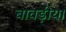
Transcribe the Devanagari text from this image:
बावड़ीया